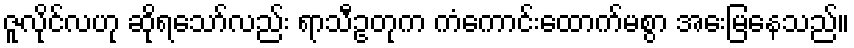
ဇူလိုင်လဟု ဆိုရသော်လည်း ရာသီဥတုက ကံကောင်းထောက်မစွာ အေးမြနေသည်။